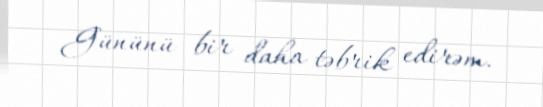
Gününü bir daha təbrik edirəm.